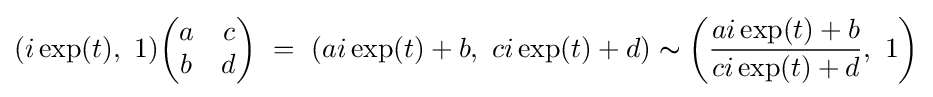
(i\exp(t),\ 1){\begin{pmatrix}a&c\\b&d\end{pmatrix}}\ =\ (ai\exp(t)+b,\ ci\exp(t)+d)\thicksim \left({\frac {ai\exp(t)+b}{ci\exp(t)+d}},\ 1\right)